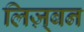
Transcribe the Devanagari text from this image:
लिज़्बन